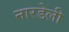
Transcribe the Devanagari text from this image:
नारडेली